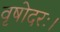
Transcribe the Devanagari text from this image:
वृषोदरः।